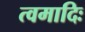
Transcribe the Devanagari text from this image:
त्वमादिः